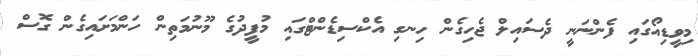
މިވީޑިއޯގައި ފެންނަނީ ދެސައިލް ޖެހިގެން ހިނގި އެކްސިޑެންޓްގައި މުފީދުގެ މޫނުމަތިން ހަންމަށައިގެން ގޮސް